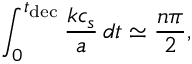
\int _ { 0 } ^ { t _ { \mathrm { d e c } } } \frac { k c _ { s } } { a } \, d t \simeq \frac { n \pi } { 2 } ,